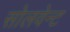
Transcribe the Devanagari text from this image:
सोलवेन्ट